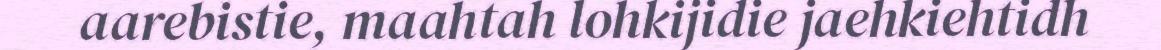
aarebistie, maahtah lohkijidie jaehkiehtidh